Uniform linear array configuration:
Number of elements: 48
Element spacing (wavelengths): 0.5
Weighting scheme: binomial
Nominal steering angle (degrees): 15
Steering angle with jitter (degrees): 16.44
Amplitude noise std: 0.05
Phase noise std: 0.05

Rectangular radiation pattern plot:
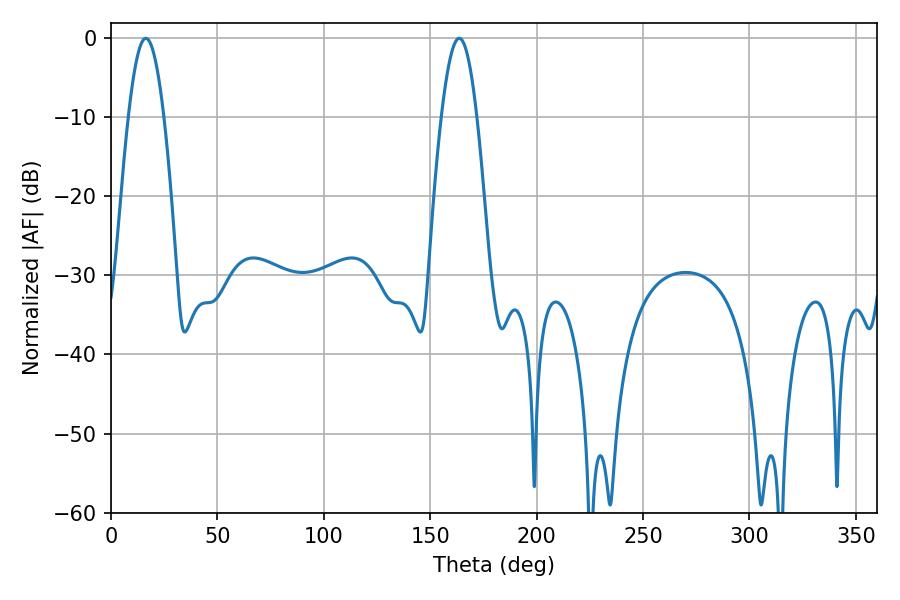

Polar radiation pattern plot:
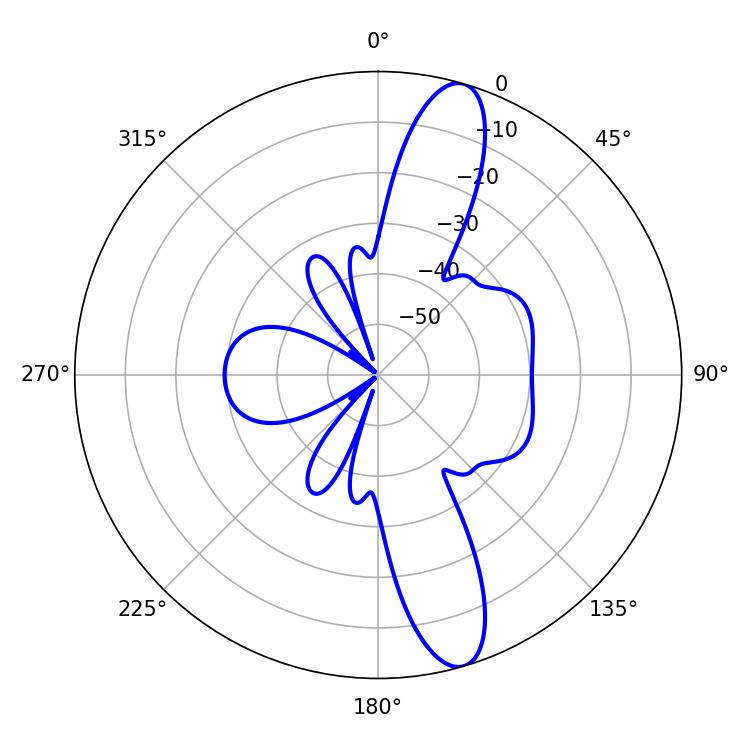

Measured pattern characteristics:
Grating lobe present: FALSE
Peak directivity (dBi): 13.114
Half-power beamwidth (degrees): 9
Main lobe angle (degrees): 163.62